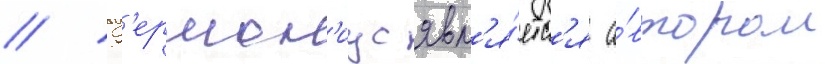
// Г'ермон'иус явл'я́етс'я а́втором